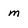
Character: m